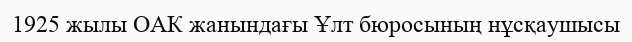
1925 жылы ОАК жанындағы Ұлт бюросының нұсқаушысы